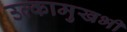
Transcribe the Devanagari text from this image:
उल्कामुखभी